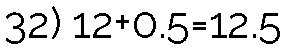
32) 12+0.5=12.5